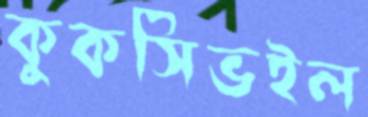
কুকসিভইল